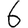
Digit: 6